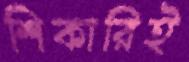
শিকারিই